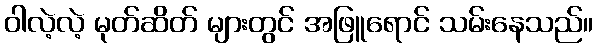
ဝါလဲ့လဲ့ မုတ်ဆိတ် များတွင် အဖြူရောင် သမ်းနေသည်။